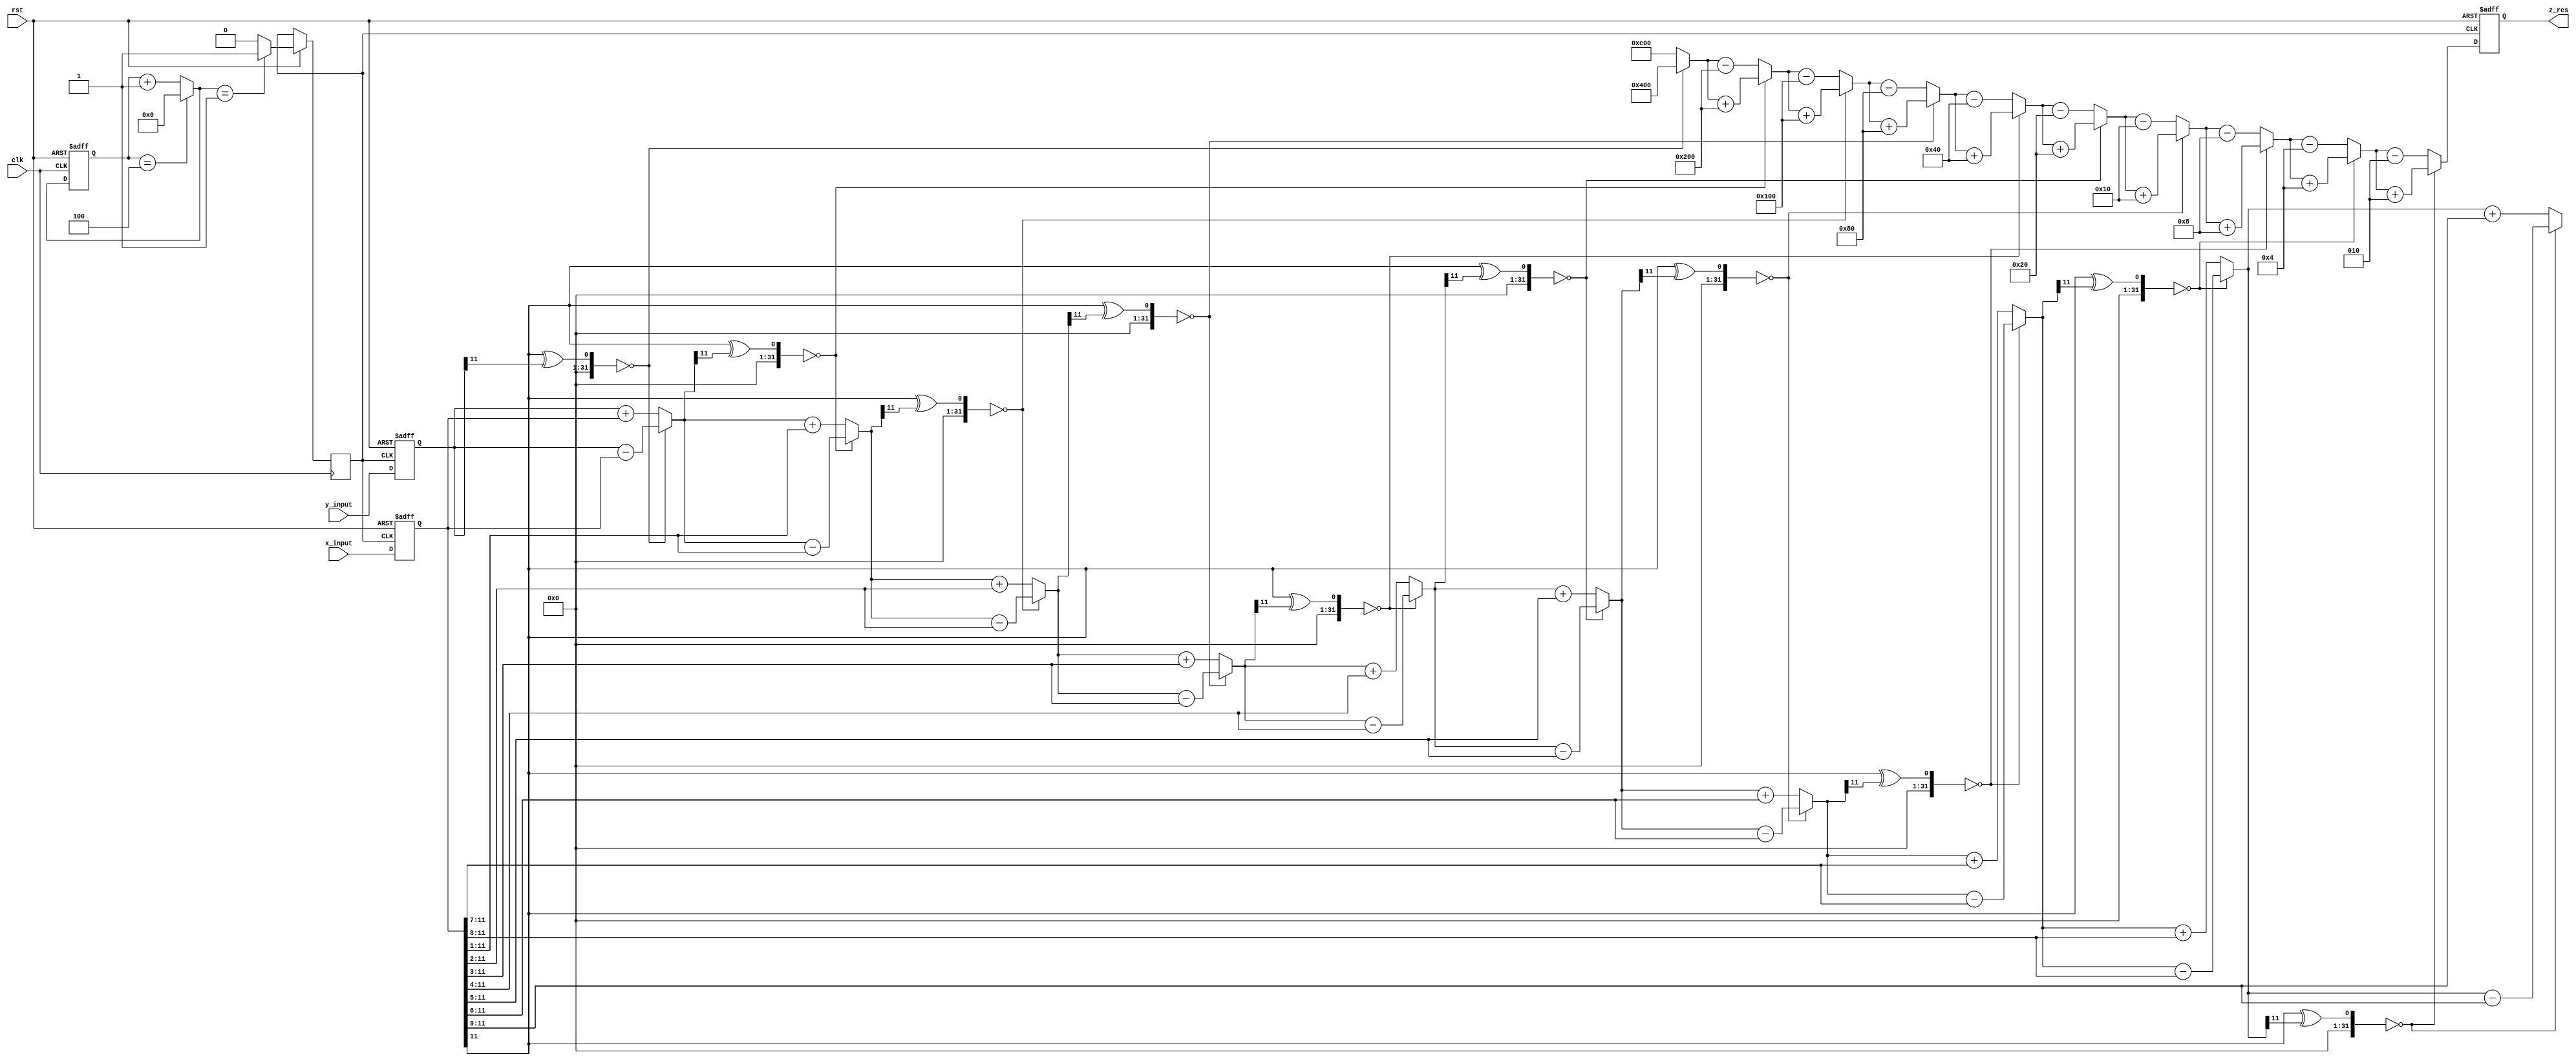
`timescale 1ns / 1ps
//////////////////////////////////////////////////////////////////////////////////
// Company: 
// Engineer: 
// 
// Design Name: 
// Module Name: cordic_sin_cos
// Project Name: 
// Target Devices: 
// Tool Versions: 
// Description: 
// 
// Dependencies: 
// 
// Revision:
// Revision 0.01 - File Created
// Additional Comments:
// 
//////////////////////////////////////////////////////////////////////////////////


module cordic_division_tan(clk,rst,x_input,y_input,z_res);

// Apparently verilog does not support two dimensional arrays as ports (system verilog does)
// However, let us see if this works for simulation

 input clk,rst;  // Input clock and reset signals
 input signed [11:0] x_input;    // 12 bits (2 bits for the integer part and 10 bits for the fractional part)
 input signed [11:0] y_input;    // 12 bits (2 bits for the integer part and 10 bits for the fractional part)
 
 output reg signed [11:0] z_res; // 12 bits (4 for integer part and 16 for fractional part) 
 
 reg signed [11:0] x_input_clk ; 
 reg signed [11:0] y_input_clk ;  
 
 reg clk2;  // Slower Clock to update division result
 reg [9:0] clk2_count_comb , clk2_count_seq; // 10 bit register that will be updated in combinational always block
  
 reg signed [11:0] x;        // to store the x results of each step (4 bits for the integer part including MSB and 16 bits for the fractional part)
 reg signed [11:0] y [9:0];  // to store the y results of each step (4 bits for the integer part including MSB and 16 bits for the fractional part)
 (*keep = "soft" *) reg signed [11:0] y10; // To overcome RTL error
  
 wire signed[11:0] look_up [9:0];       // to store look up values of arc tan using 20 bits (16 bits including MSB to denote the integer part and 4 bits to denote the fractional part)
// (*keep = "soft" *) wire signed[11:0] look_up10; // To overcome RTL error
 reg  signed[11:0] z[10:0];  // Array of 20 bit registers to store the rotated angle 
 reg  d[9:0]; // Array of 1 bit registers to denote the direction of rotation. 1/0 => Anticlockwise / Clockwise rotation 
 
 // In the look up table of (2^-i), 2 bits are used for integer and 10 bits are used for fractional part
 assign look_up[0]  = 12'b010000000000;   // 2 ^ (-0) = 1
 assign look_up[1]  = 12'b001000000000;   // 2 ^ (-1) = 0.5
 assign look_up[2]  = 12'b000100000000;   // 2 ^ (-2) = 0.25
 assign look_up[3]  = 12'b000010000000;   // 2 ^ (-3) = 0.125
 assign look_up[4]  = 12'b000001000000;   // 2 ^ (-4) = 0.0625
 assign look_up[5]  = 12'b000000100000;   // 2 ^ (-5) = 0.03125
 assign look_up[6]  = 12'b000000010000;   // 2 ^ (-6) = 0.015625
 assign look_up[7]  = 12'b000000001000;   // 2 ^ (-7) = 0.0078125
 assign look_up[8]  = 12'b000000000100;   // 2 ^ (-8) = 0.00390625
 assign look_up[9]  = 12'b000000000010;   // 2 ^ (-9) = 0.001953125
// assign look_up10   = 12'b000000000001;   // 2 ^ (-10) = 0.0009765625
 
 
 // Clocked always block to update clk2
 always@(posedge clk , negedge rst)  // Asclkhronous reset
    begin
      if(rst == 0) clk2_count_seq  <= 10'b0;              // Reset the count value for clk2     
    else 
       begin
           clk2_count_seq <= clk2_count_comb;  // Update the count value for clk2                    
           if(clk2_count_comb == 1) clk2 <= 1'b1;
           else                     clk2 <= 1'b0;
         end
    end
   
  
 always@(posedge clk2 , negedge rst)
  begin
    if (rst == 0)
      begin
         x_input_clk     <= 12'b0;
         y_input_clk     <= 12'b0;
         z_res <= 12'b0; 
      end  
    else 
      begin
         x_input_clk <= x_input;
         y_input_clk <= y_input;
         z_res <= z[10][11:0]; 
      end
  end
 
// 5 clock pulses to generate a clock signal of period 50ns (frequency of 20MHz)   
always@(*)
  begin
    if(clk2_count_seq == 4)      clk2_count_comb = 0;
    else                         clk2_count_comb = clk2_count_seq + 1;  
  end
  
  
  
 // Place them in a separate always block as they are fixed (This helps us avoid numerous RTL errors)
 always@(*)
   begin
      x    = x_input_clk; // x[0] = 0.6072 (4 bits for the integer part and 10 bits for the fractional part)
      y[0] = y_input_clk; // y[0] = 0.0000 (4 bits for the integer part and 10 bits for the fractional part)
      z[0] = 12'b0; 
      d[0] = ((x[11] ^ (y[0][11])) == 0) ? 0 : 1;  
   end
   
 integer i;
 always@(*)
   begin
      for(i = 1 ; i<= 10;i = i+1)
        begin
         y[i] = (d[i-1] == 1) ? (y[i-1] + (x>>>(i-1)) ) : (y[i-1]- (x>>>(i-1)) );
         z[i] = (d[i-1] == 1) ? (z[i-1] - look_up[i-1]) : (z[i-1]+look_up[i-1]);
         d[i] = ((x[11] ^ (y[i][11])) == 0) ? 0 : 1;
        end
        
        y10   = (d[9] == 1) ? (y[9] + (x>>>(9)) ) : (y[9]- (x>>>(9)) );
        z[10] = (d[9] == 1) ? (z[9] - look_up[9]) : (z[9]+look_up[9]); 
        
     end
endmodule